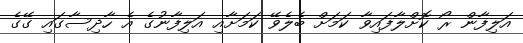
އަލިފާން ރޯ ކޮށްލާފައިވާ ކަމަށް ބެލެވޭ ކަމަށާއި އަލިފާނުގެ އެ ހާދިސާގައި ގޭގެ